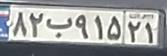
۸۲ب۹۱۵۲۱